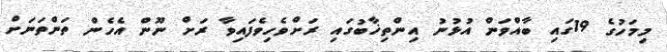
މިމަހުގެ 19ގައި ބާއްވަން އުޅުނު އިންތިޚާބުގައި ރަށްވެހިވެފައިވާ ރަށް ނޫން އެހެން ތަންތަނަށް